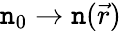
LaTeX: \mathtt{n}_{0}\to\mathtt{n}(\vec{{r}})